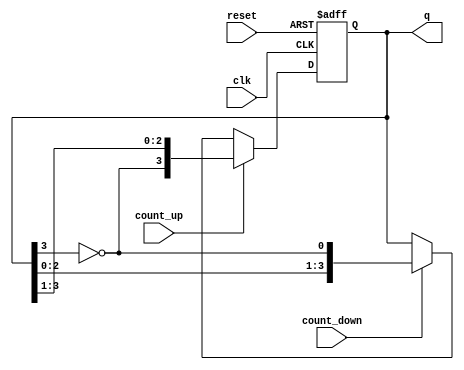
module bidirectional_johnson_counter (
    input wire clk,            // Clock input
    input wire reset,          // Asynchronous reset
    input wire count_up,       // Control signal for counting up
    input wire count_down,     // Control signal for counting down
    output reg [N-1:0] q       // Output state of the counter
);
    parameter N = 4;           // Number of flip-flops (adjust as needed)

    // Internal signal for the feedback
    wire feedback;

    // Feedback logic: inverted output of the last flip-flop
    assign feedback = ~q[N-1];

    always @(posedge clk or posedge reset) begin
        if (reset) begin
            // Asynchronous reset to zero
            q <= 0;
        end else if (count_up) begin
            // Counting up
            q <= {feedback, q[N-1:1]};
        end else if (count_down) begin
            // Counting down
            q <= {q[N-2:0], feedback};
        end
    end
endmodule